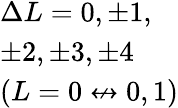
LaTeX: \begin{array}{l}{\Delta L=0,\pm 1,}\\ {\pm 2,\pm 3,\pm 4}\\ {(L=0\not\leftrightarrow 0,1)}\end{array}